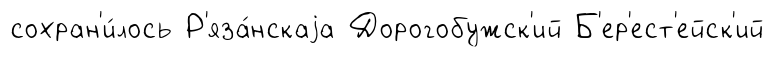
сохран'и́лось Р'яза́нскаjа Дорогобужск'ий Б'ер'ест'ейск'ий